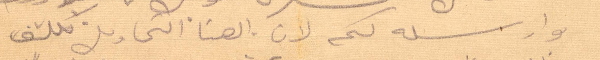
وارسله لكم لان الهنا التحاويل تكلف